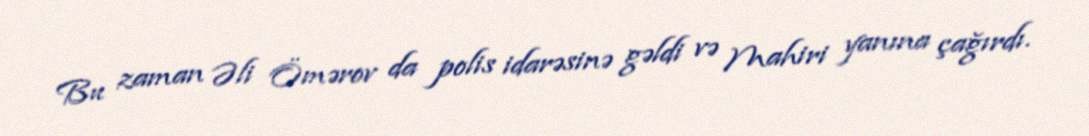
Bu zaman Əli Ömərov da polis idarəsinə gəldi və Mahiri yanına çağırdı.